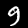
Label: 9